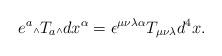
LaTeX: \begin{align*}e^a\mbox{\tiny $\wedge$} T_a \mbox{\tiny $\wedge$} dx^{\alpha} = \epsilon^{\mu \nu \lambda \alpha} T_{\mu \nu \lambda} d^4x.\end{align*}